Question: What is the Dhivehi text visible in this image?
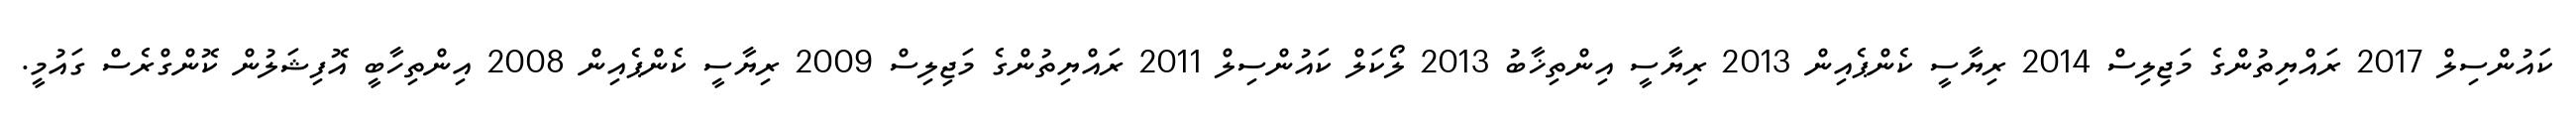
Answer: ކައުންސިލް 2017 ރައްޔިތުންގެ މަޖިލިސް 2014 ރިޔާސީ ކެންޕެއިން 2013 ރިޔާސީ އިންތިޚާބު 2013 ލޯކަލް ކައުންސިލް 2011 ރައްޔިތުންގެ މަޖިލިސް 2009 ރިޔާސީ ކެންޕެއިން 2008 އިންތިހާބީ އޮފިޝަލުން ކޮންގްރެސް ގައުމީ.